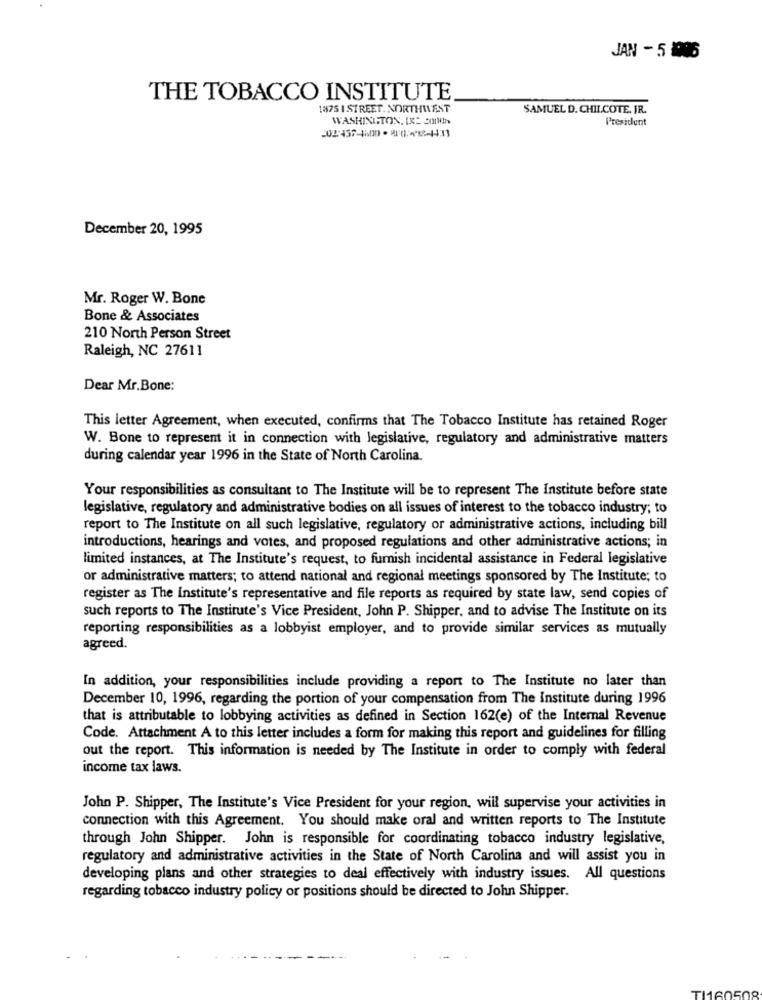
JAN - 5 1996
THE TOBACCO INSTITUTE
1875 1 STREET. NORTHWEST
SAMUEL D. CHILCOTE. IR.
WASHINGTON, IL SON!
President
December 20, 1995
Mr. Roger W. Bone
Bone & Associates
210 North Person Street
Raleigh, NC 27611
Dear Mr.Bone:
This letter Agreement, when executed, confirms that The Tobacco Institute has retained Roger
W. Bone to represent it in connection with legislative, regulatory and administrative matters
during calendar year 1996 in the State of North Carolina.
Your responsibilities as consultant to The Institute will be to represent The Institute before state
legislative, regulatory and administrative bodies on all issues of interest to the tobacco industry; to
report to The Institute on all such legislative, regulatory or administrative actions, including bill
introductions, hearings and votes, and proposed regulations and other administrative actions; in
limited instances, at The Institute's request, to furnish incidental assistance in Federal legislative
or administrative matters; to attend national and regional meetings sponsored by The Institute; to
register as The Institute's representative and file reports as required by state law, send copies of
such reports to The Institute's Vice President, John P. Shipper, and to advise The Institute on its
reporting responsibilities as a lobbyist employer, and to provide similar services as mutually
agreed.
In addition, your responsibilities include providing a report to The Institute no later than
December 10, 1996, regarding the portion of your compensation from The Institute during 1996
that is attributable to lobbying activities as defined in Section 162(e) of the Internal Revenue
Code. Attachment A to this letter includes a form for making this report and guidelines for filling
out the report. This information is needed by The Institute in order to comply with federal
income tax laws.
John P. Shipper, The Institute's Vice President for your region, will supervise your activities in
connection with this Agreement. You should make oral and written reports to The Institute
through John Shipper. John is responsible for coordinating tobacco industry legislative,
regulatory and administrative activities in the State of North Carolina and will assist you in
developing plans and other strategies to deal effectively with industry issues. All questions
regarding tobacco industry policy or positions should be directed to John Shipper.
TI160508